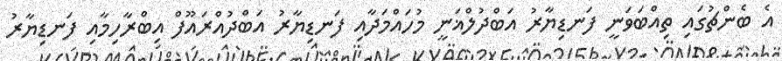
އެ ބެންޗުގައި ތިއްބަވަނީ ފަނޑިޔާރު އަބްދުލްޣަނީ މުހައްމަދާއި ފަނޑިޔާރު އަބްދުއްރައޫފް އިބްރާހިމާއި ފަނޑިޔާރު